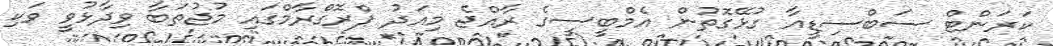
ކަރަންޓް ސަބްސިޑީއާ ގުޅޭގޮތުން އެމްބީސީގެ ރާއްޖެ މިއަދު ޕްރޮގްރާމްގައި މުޖުތަބާ ވިދާޅުވީ ވަކި